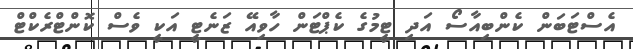
އެސްޓަބަން ކެންބިއާސޯ އަދި ޓީމުގެ ކެޕްޓަން ހާވިއޭ ޒަނެޓީ އަކީ ވެސް ކޮންޓްރެކްޓް